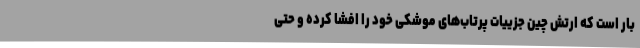
بار است که ارتش چین جزییات پرتاب‌های موشکی خود را افشا کرده و حتی